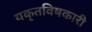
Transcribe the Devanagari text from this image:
यकृतविषकारी